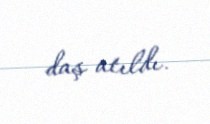
daş atıldı.